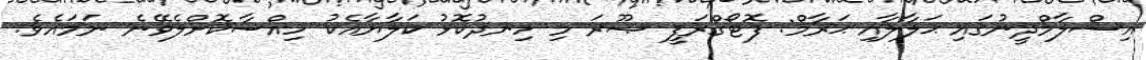
އިސްލާމްދީނުގައި ޙަލާލާއި ޙަރާމް: ފޮޓޯގްރަފީ ޞޫރަ މި ހިނދުކޮޅު ކަލާޔާއެކު ހިއްސާކޮށްލެވޭނެ ނަމައެވެ.